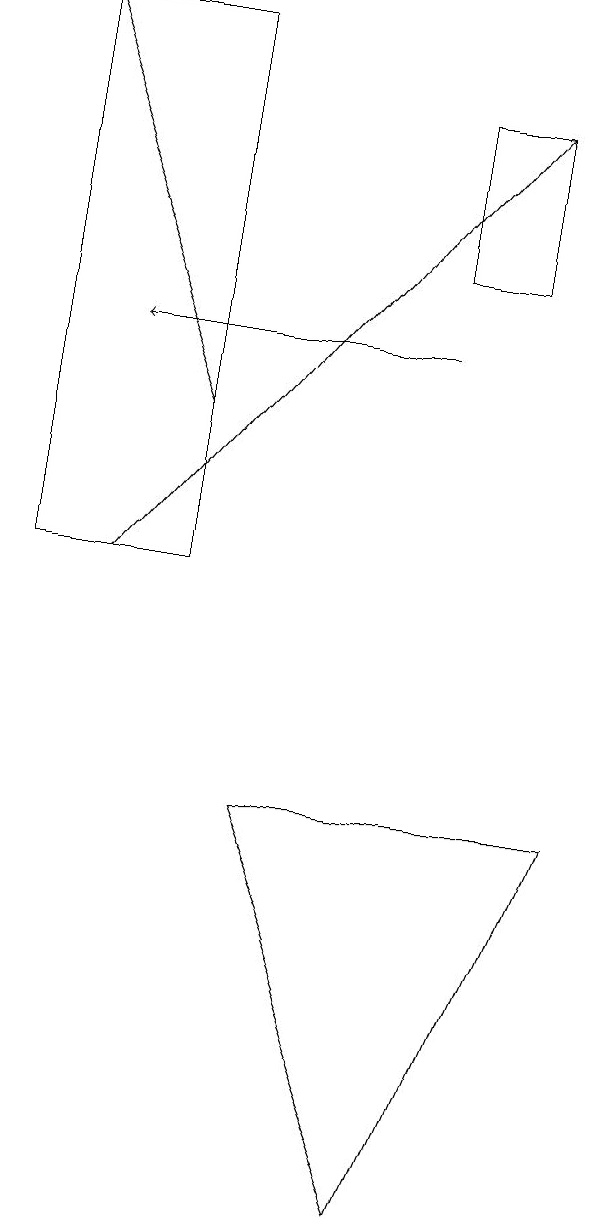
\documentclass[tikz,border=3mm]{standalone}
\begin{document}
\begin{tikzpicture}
\draw[->] (1,10) -- (6,16);
\draw (6,16) rectangle (5,14);
\draw (2,17) rectangle (0,10);
\draw (5,2) -- (7,7) -- (3,7) -- cycle;
\draw[->] (2,12) -- (0,17);
\draw[->] (5,13) -- (1,13);
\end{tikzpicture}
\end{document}